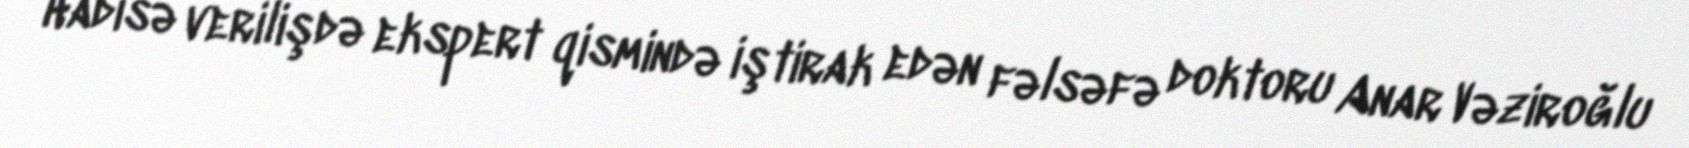
Hadisə verilişdə ekspert qismində iştirak edən fəlsəfə doktoru Anar Vəziroğlu